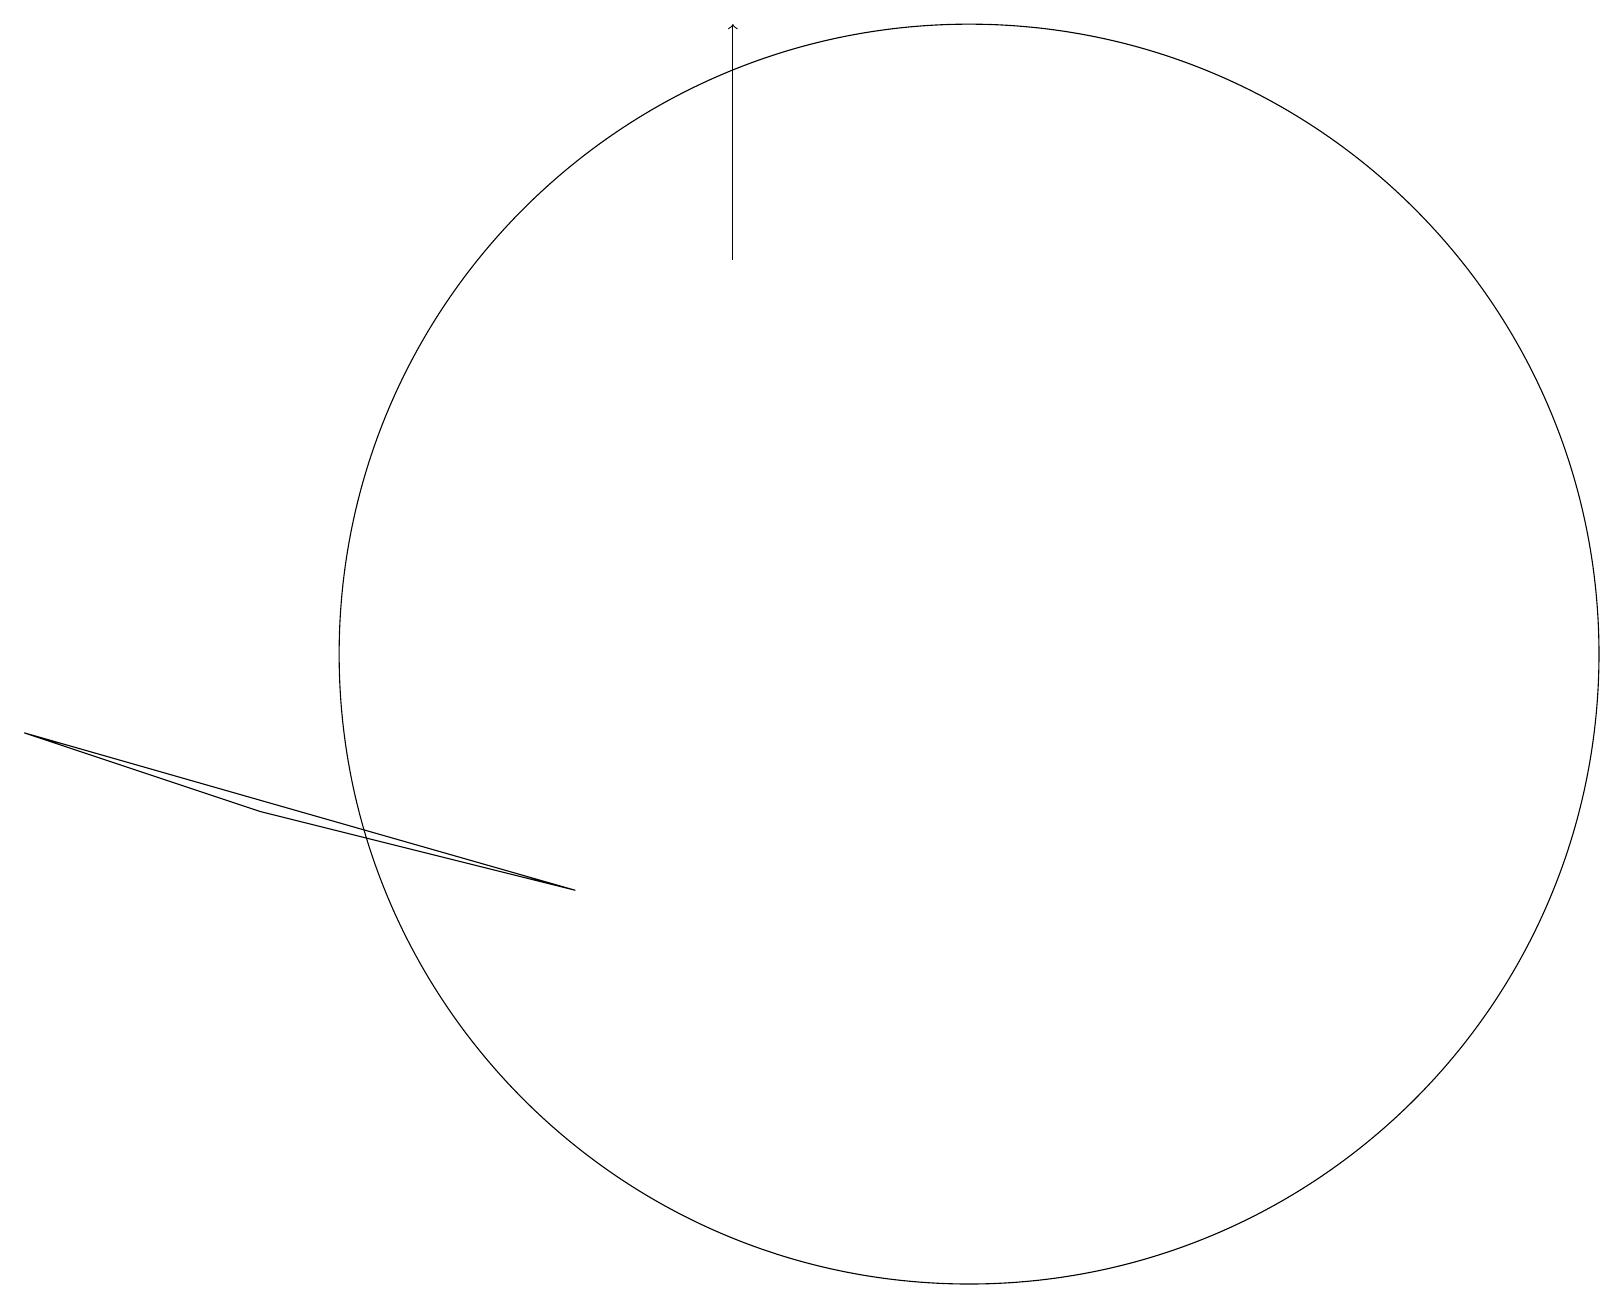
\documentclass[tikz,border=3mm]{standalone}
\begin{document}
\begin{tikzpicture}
\draw (12,10) circle (8);
\draw (0,9) -- (3,8) -- (7,7) -- cycle;
\draw[->] (9,15) -- (9,18);
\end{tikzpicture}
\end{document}